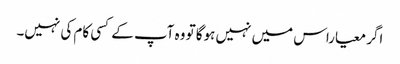
اگر معیاراس میں نہیں ہوگا تو وہ آپ کے کسی کام کی نہیں۔